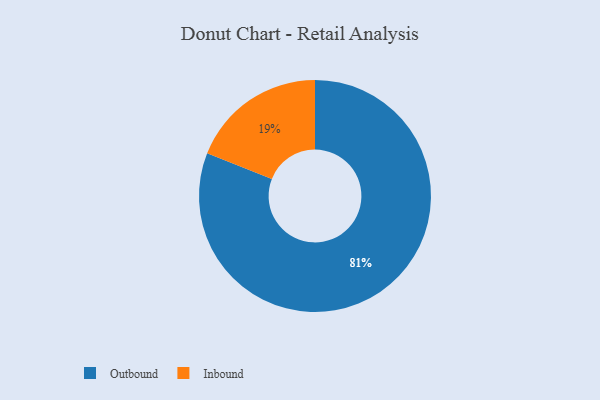
{"axis": {"x": "Category", "y": "Percentage"}, "legend": ["Inbound", "Outbound"], "data": [{"x": "Inbound", "y": 19, "type": "Inbound"}, {"x": "Outbound", "y": 81, "type": "Outbound"}]}